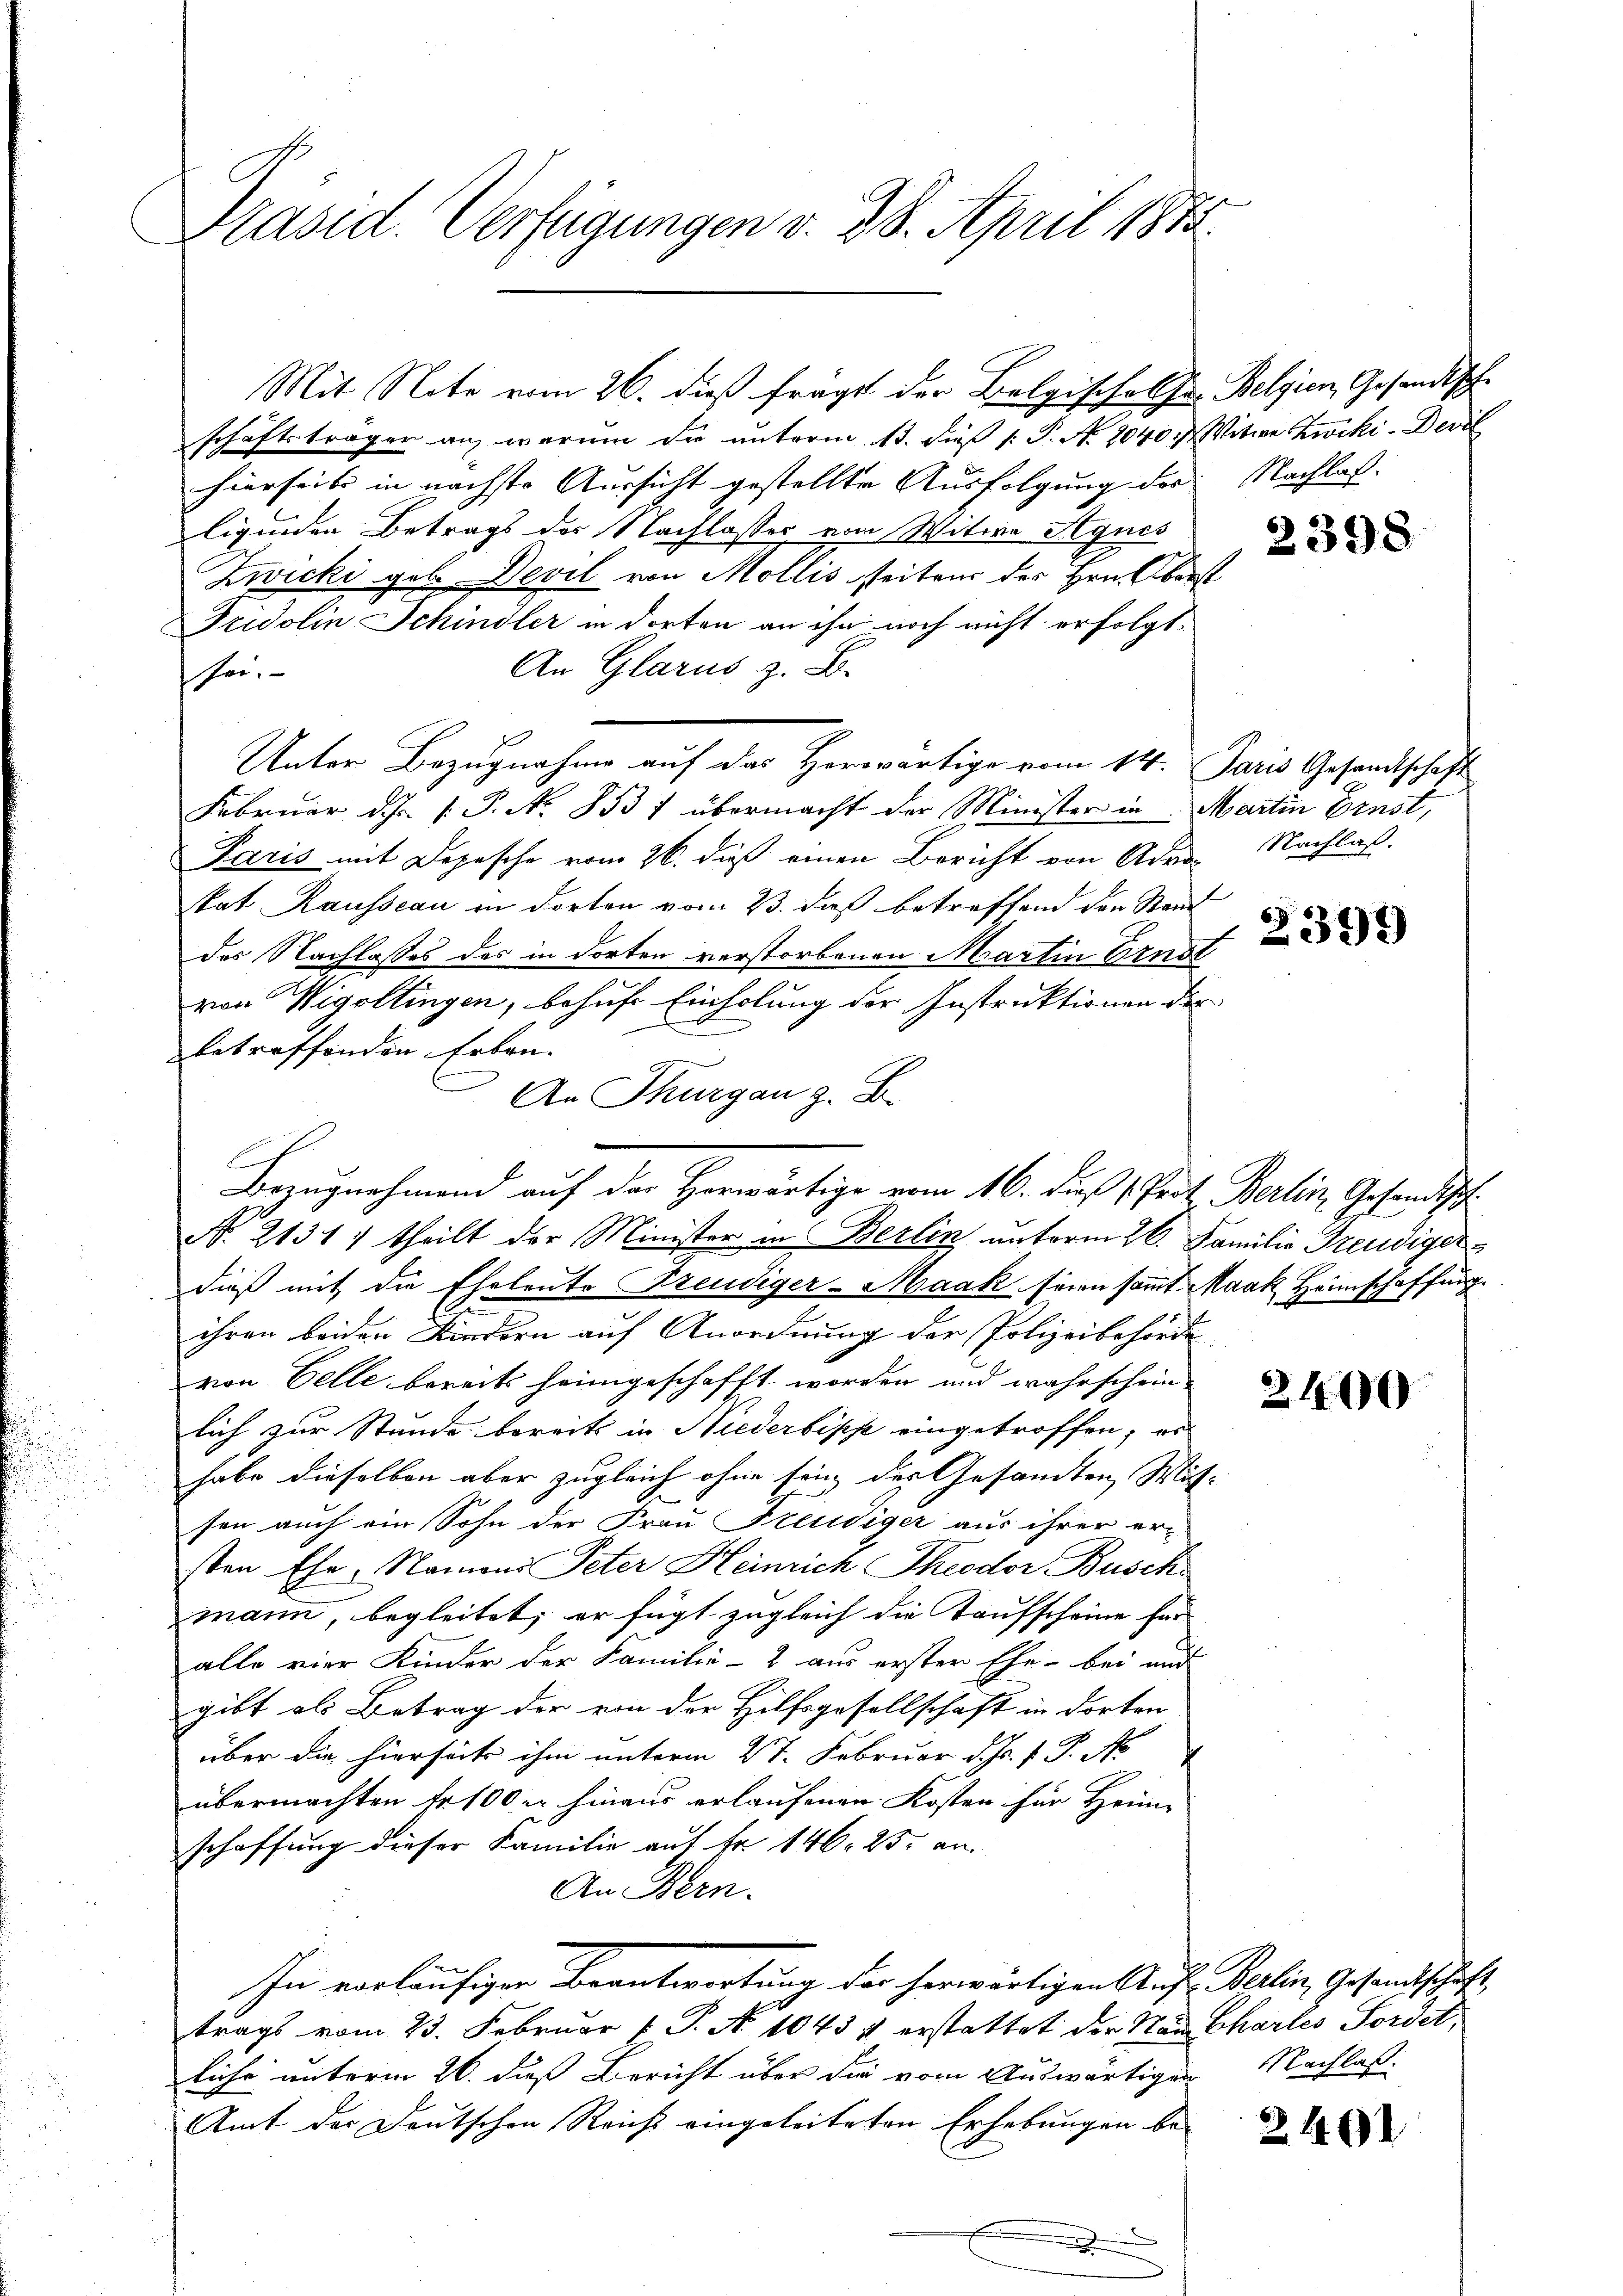
i
a
d

Präsid. Verfügungen v. 28. April 1872.

schäftsträger an, warum die unterm 13. dieß 1 P. Nr. 2040. Witwe Zwiki-Devi
hierseits in nächste Aussicht gestellte Ausfolgung des Nachlaßliquiden Betrags des Nachlasses vom Witwe Agnes
Zwicki geb. Devil von Mollis seiten des Hrn. Oberst
Fridolin Schindler in dorten an ihn noch nicht erfolgt.
An Glarus z. B.
sei.
Unter Bezugnahme auf der Herwärtige vom 14. Juris Gesandtschaft
Februar d. d. 1. P. N. 8537 übermacht der Minister in Martin Ernst,
Paris mit Depesche vom 26. dieß einen Bericht von Adres Nachlaß.
stat Rausseau in dorton vom 23. daß betreffend den Stand
des Nachlasses des in dorten verstorbenen Martin Ernst
von Wigoltingen, behufs Einholung der Instruktionen der
betreffenden Erbau-
An Thurgau z. B.
No. 2131 ) theilt der Minister in Berlin unterm 26. Familie Freudiger
dieß mit die Eheleute Freudiger-Maak seien sammt Maak Heimschaffung
ihren beiden Kindern auf Anordnung der Polizeibehörde
von Celle bereits heimgeschafft worden und wahrschein-
lich zur Stunde bereits in Niederbipp eingetroffen; es
habe dieselben aber zugleich ohne sein der Gesandten Mit-
son auch ein Sohn der Frau Freudiger aus ihrer er-
sten Ehe. Namens Peter Heinrich Theodor Busch
mann, begleitet, er fügt zugleich die Taufscheine feralle vier Kinder der Familie - 2 aus erster Ehe bei and
gibt als Betrag der von der Hilfsgesellschaft in dorten
über die hierseits ihm unterm 27. Februar d. Js. v. J. No
übermachten fr. 100 u. hinaus erlaufenen Kosten für Heim-
schaffung dieser Familie auf Fr. 146. 25. an
An Bern.
In vorläufiger Beantwortung der herwärtigen Auf Berlin, Gesandtschaft,
trags vom 23. Februar P. P. N. 1043 & erstattet der Nam Chartes Fordet,
läche unterm 26. dieß Bericht über die vom Auswärtigen Nachlaß
Amt der Deutschen Reich eingeleiteten Erhebungen be-

E

Mit Note vom 26. dieß frägt der Belgischelser Belgien, Gesandtsche

Bezugnahmend auf der Herwärtige vom 16. dieß 1 Pact. Berlin, Gesandtsch

2398

2398)

2100

2.40